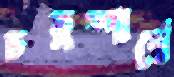
চতুষ্পার্শ্বে